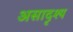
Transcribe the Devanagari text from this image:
असादृश्य